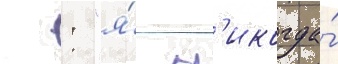
 : "я́ н'икогда́